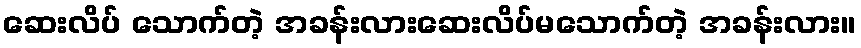
ဆေးလိပ် သောက်တဲ့ အခန်းလားဆေးလိပ်မသောက်တဲ့ အခန်းလား။